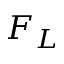
F _ { L }